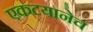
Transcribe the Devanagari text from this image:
एकटयानेच